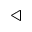
\triangleleft